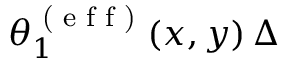
\theta _ { 1 } ^ { \textrm { ( e f f ) } } ( x , y ) \, \Delta